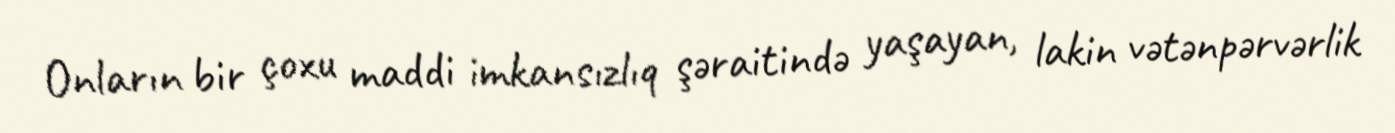
Onların bir çoxu maddi imkansızlıq şəraitində yaşayan, lakin vətənpərvərlik